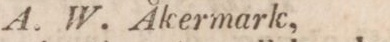
A. W. Åkermark,